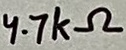
Text: 4.7kΩ